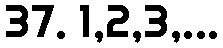
37. 1,2,3,...